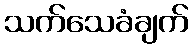
သက်သေခံချက်